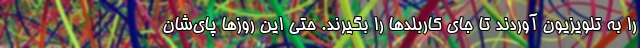
را به تلویزیون آوردند تا جای کاربلدها را بگیرند. حتی این روزها پای‌شان